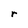
Character: r